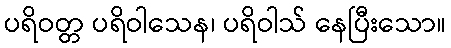
ပရိဝတ္တ ပရိဝါသေန၊ ပရိဝါသ် နေပြီးသော။